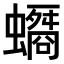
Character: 𧓠